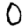
Digit: 0